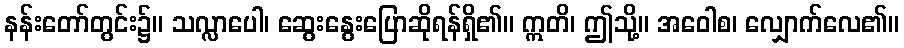
နန်းတော်တွင်း၌။ သလ္လာပေါ၊ ဆွေးနွေးပြောဆိုရန်ရှိ၏။ ဣတိ၊ ဤသို့။ အဝေါစ၊ လျှောက်လေ၏။